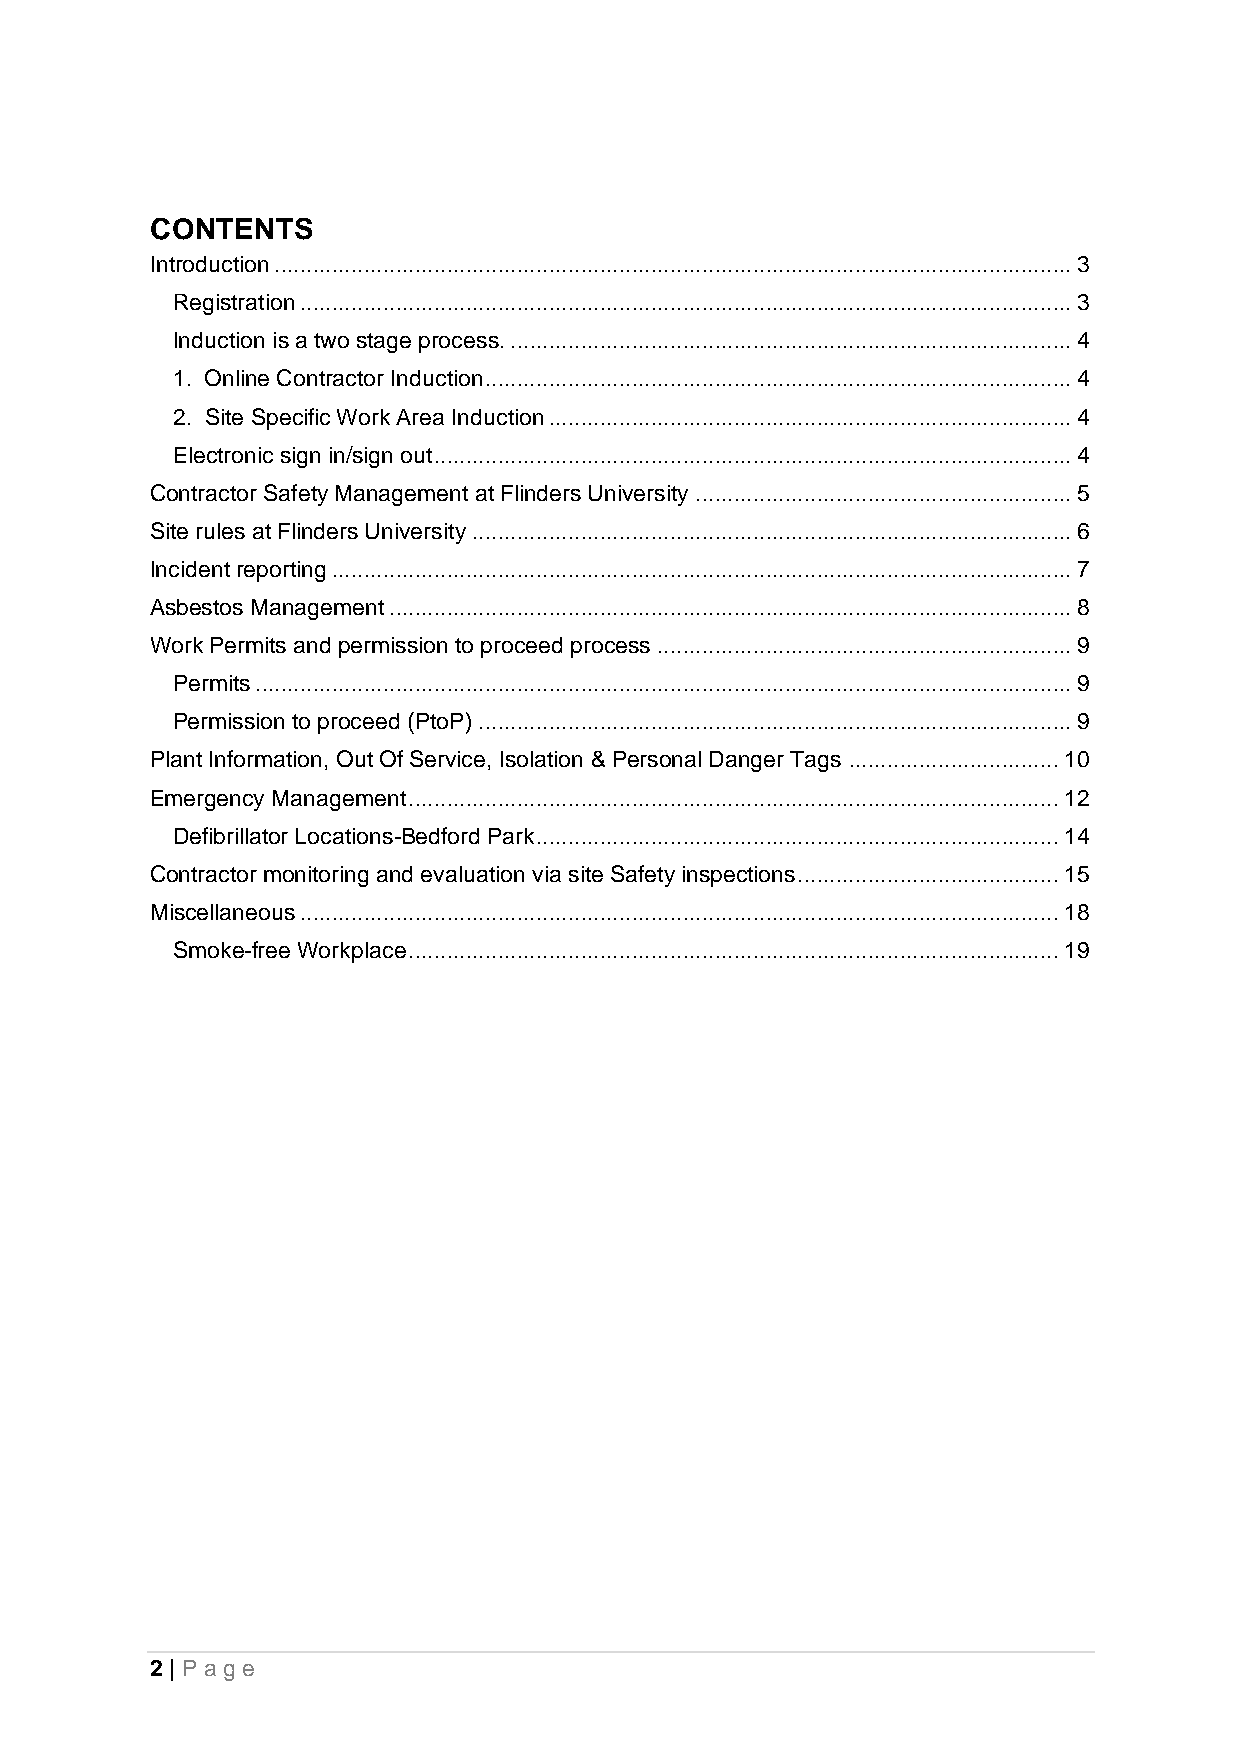
CONTENTS
 Introduction ............................................................................................................................. 3
 Registration ......................................................................................................................... 3
 Induction is a two stage process. ........................................................................................ 4
 1. Online Contractor Induction ............................................................................................ 4
 2. Site Specific Work Area Induction .................................................................................. 4
 Electronic sign in/sign out .................................................................................................... 4
 Contractor Safety Management at Flinders University ........................................................... 5
 Site rules at Flinders University .............................................................................................. 6
 Incident reporting .................................................................................................................... 7
 Asbestos Management ........................................................................................................... 8
 Work Permits and permission to proceed process ................................................................. 9
 Permits ................................................................................................................................ 9
 Permission to proceed (PtoP) ............................................................................................. 9
 Plant Information, Out Of Service, Isolation & Personal Danger Tags ................................. 10
 Emergency Management ...................................................................................................... 12
 Defibrillator Locations-Bedford Park .................................................................................. 14
 Contractor monitoring and evaluation via site Safety inspections ......................................... 15
 Miscellaneous ....................................................................................................................... 18
 Smoke-free Workplace ...................................................................................................... 19
 2 | Pa g e